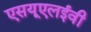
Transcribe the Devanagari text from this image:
एसयूएलईवी